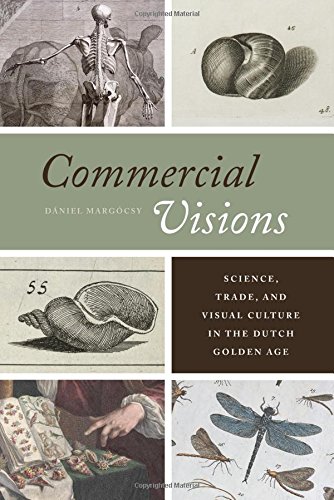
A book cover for Commercial Visions: Science, Trade, and Visual Culture in the Dutch Golden Age; DÃ¡niel MargÃ³csy; History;